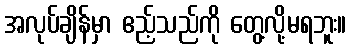
အလုပ်ချိန်မှာ ဧည့်သည်ကို တွေ့လို့မရဘူး။